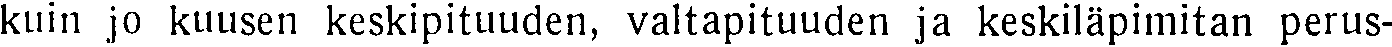
kuin jo kuusen keskipituuden, valtapituuden ja keskiläpimitan perus-